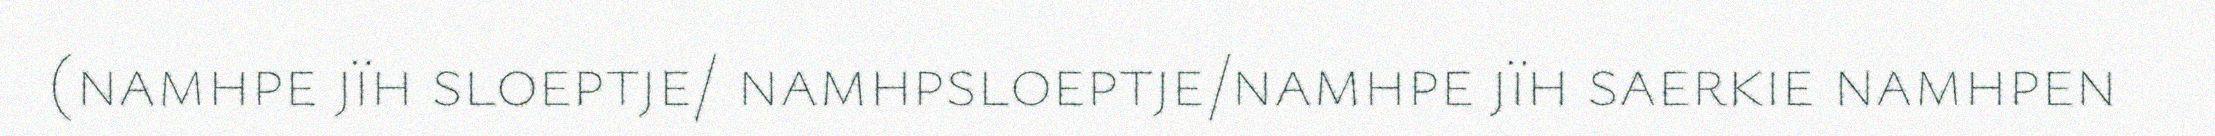
(namhpe jïh sloeptje/ namhpsloeptje/namhpe jïh saerkie namhpen